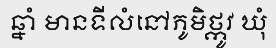
ឆ្នាំ មានទីលំនៅភូមិថ្កូវ ឃុំ